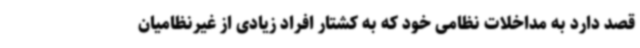
قصد دارد به مداخلات نظامی خود که به کشتار افراد زیادی از غیرنظامیان